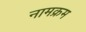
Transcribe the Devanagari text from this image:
नामक्रम